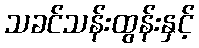
သခင်သန်းထွန်းနှင့်